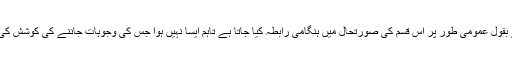
ہینڈرسن کے بقول عمومی طور پر اس قسم کی صورتحال میں ہنگامی رابطہ کیا جاتا ہے تاہم ایسا نہیں ہوا جس کی وجوہات جاننے کی کوشش کی جارہی ہے۔